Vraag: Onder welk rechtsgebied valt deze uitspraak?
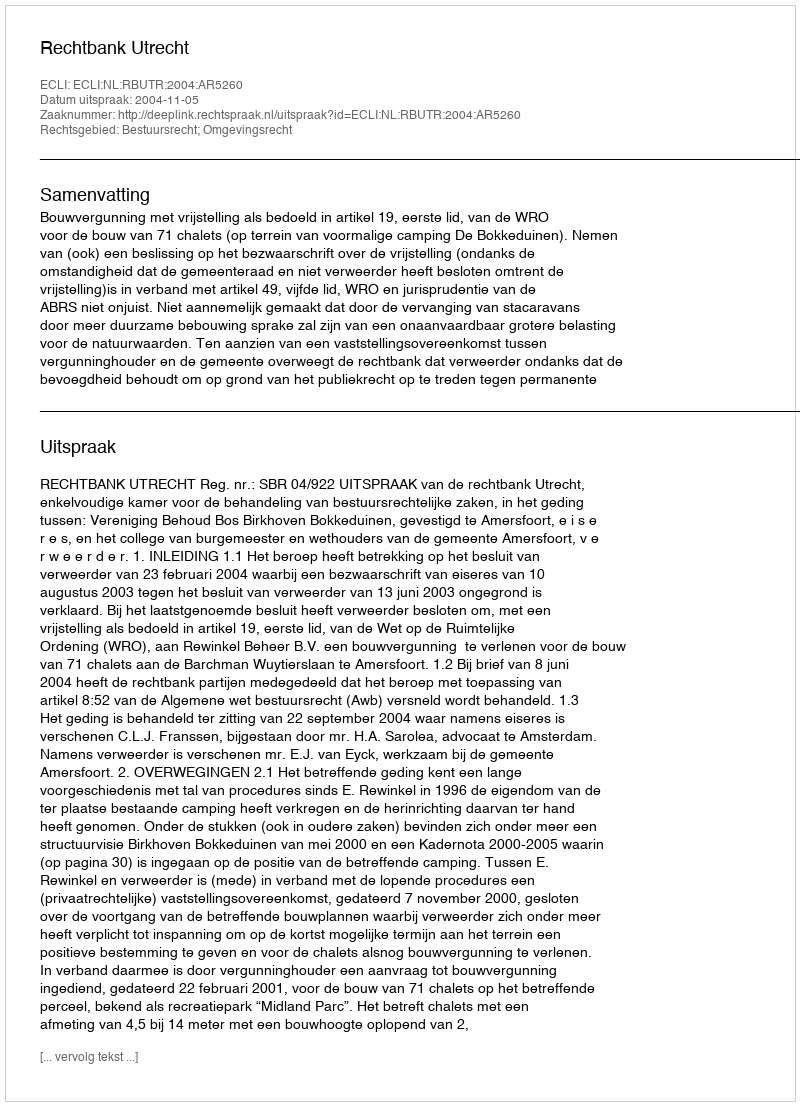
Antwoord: Bestuursrecht; Omgevingsrecht